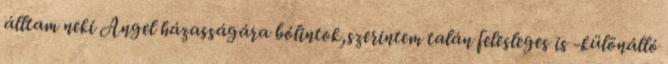
álltam neki Angel házasságára bólintok,szerintem talán felesleges is -különálló